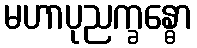
မဟာပုညက္ခန္ဓော